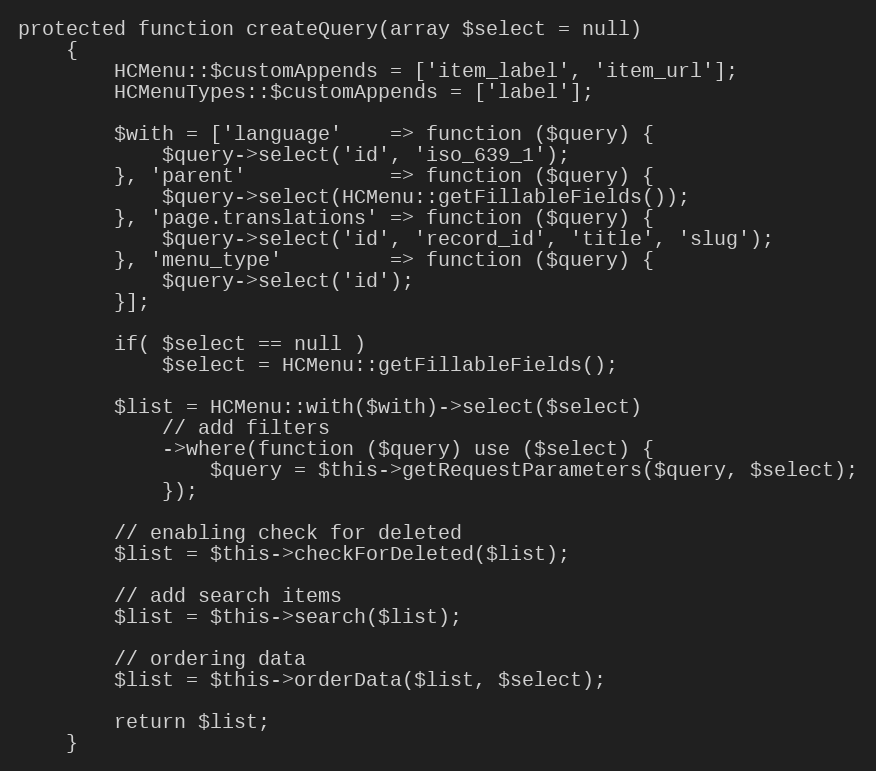
Language: PHP
protected function createQuery(array $select = null)
    {
        HCMenu::$customAppends = ['item_label', 'item_url'];
        HCMenuTypes::$customAppends = ['label'];

        $with = ['language'    => function ($query) {
            $query->select('id', 'iso_639_1');
        }, 'parent'            => function ($query) {
            $query->select(HCMenu::getFillableFields());
        }, 'page.translations' => function ($query) {
            $query->select('id', 'record_id', 'title', 'slug');
        }, 'menu_type'         => function ($query) {
            $query->select('id');
        }];

        if( $select == null )
            $select = HCMenu::getFillableFields();

        $list = HCMenu::with($with)->select($select)
            // add filters
            ->where(function ($query) use ($select) {
                $query = $this->getRequestParameters($query, $select);
            });

        // enabling check for deleted
        $list = $this->checkForDeleted($list);

        // add search items
        $list = $this->search($list);

        // ordering data
        $list = $this->orderData($list, $select);

        return $list;
    }